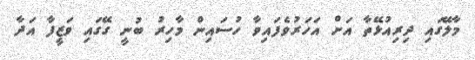
މާލޭގައި ދިރިއުޅޭތާ އަށް އަހަރުވެފައިވާ ހުސައިން މާހިރު ބުނީ ގޭގައި ވަޒީފާ އަދާ